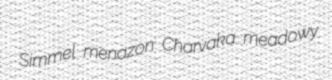
Simmel menazon Charvaka meadowy